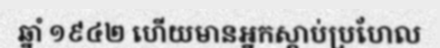
ឆ្នាំ ១៩៤២ ហើយមានអ្នកស្តាប់ប្រហែល